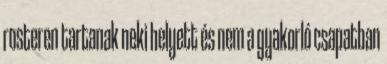
rosteren tartanak neki helyett és nem a gyakorló csapatban